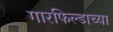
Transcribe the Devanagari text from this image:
गारफिल्डाच्या